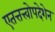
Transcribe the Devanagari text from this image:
एतत्तत्त्वोपदेशेन